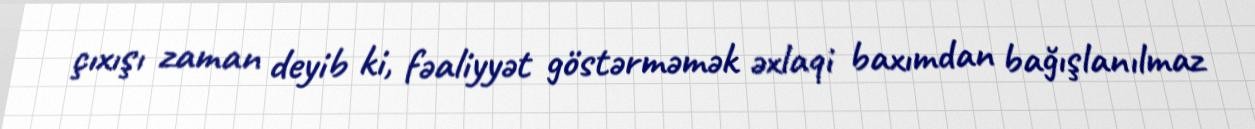
çıxışı zaman deyib ki, fəaliyyət göstərməmək əxlaqi baxımdan bağışlanılmaz